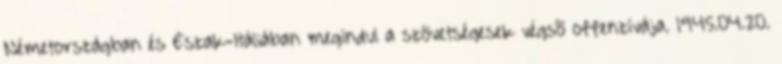
Németországban és Észak-Itáliában megindul a szövetségesek végsõ offenzívája. 1945.04.20.